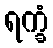
ရက္ခံ